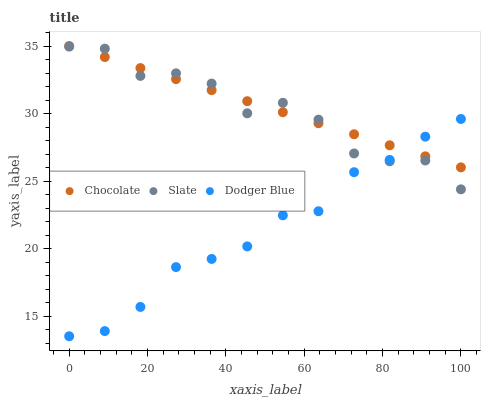
| xaxis_label | Chocolate | Slate | Dodger Blue |
 | --- | --- | --- | --- |
 | 0 | 35 | 35 | 13.5 |
 | 9.09 | 34.2 | 34.8 | 13.9 |
 | 18.2 | 33.4 | 32.8 | 15.7 |
 | 27.3 | 32.5 | 33 | 18.6 |
 | 36.4 | 31.7 | 32.2 | 19.2 |
 | 45.5 | 30.9 | 30 | 20.2 |
 | 54.5 | 30.1 | 30.8 | 22.5 |
 | 63.6 | 29.3 | 29.6 | 22.8 |
 | 72.7 | 28.5 | 27 | 25.7 |
 | 81.8 | 27.6 | 26.5 | 26.6 |
 | 90.9 | 26.8 | 26.5 | 28.3 |
 | 100 | 26 | 24.4 | 29.6 |